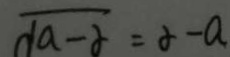
\sqrt { a - \alpha } = \alpha - a